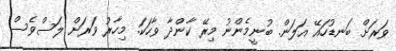
ވަރަށް ބަނޑުހައޭ އަލަން. ބުނީމެންނު މިރޭ ކާންދާ ވާހަކަ. މިހާރު ވަރަށް ލަސްވެސް